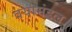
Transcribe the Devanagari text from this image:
वयामंडल